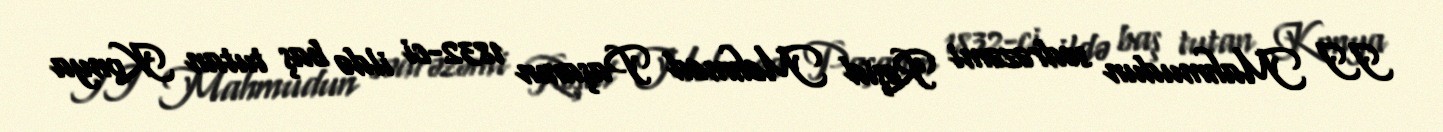
II Mahmudun sədrəzəmi Rəşid Mehmed Paşanın 1832-ci ildə baş tutan Konya